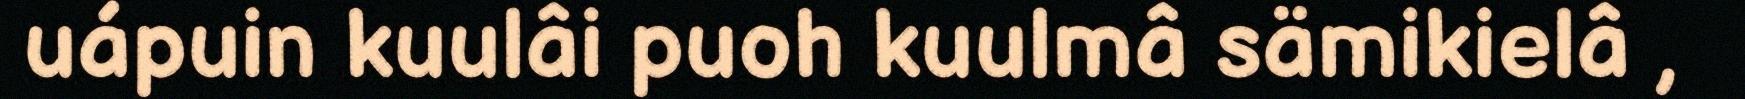
uápuin kuulâi puoh kuulmâ sämikielâ ,